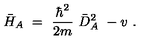
\bar { H } _ { A } \ = \ \frac { \hbar ^ { 2 } } { 2 m } \ \bar { D } _ { A } ^ { 2 } \ - v \ .